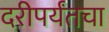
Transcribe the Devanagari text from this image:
दरीपर्यंतचा